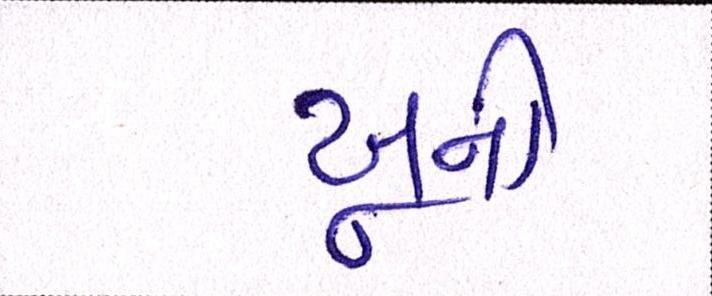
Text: ખૂની